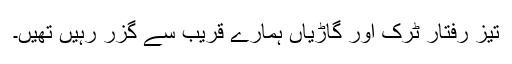
تیز رفتار ٹرک اور گاڑیاں ہمارے قریب سے گزر رہیں تھیں۔